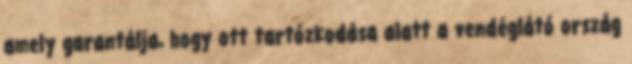
amely garantálja, hogy ott tartózkodása alatt a vendéglátó ország